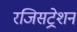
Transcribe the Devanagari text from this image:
रजिसट्रेशन